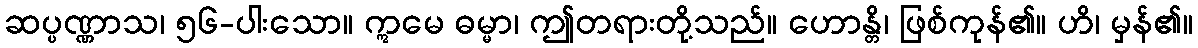
ဆပ္ပဏ္ဏာသ၊ ၅၆-ပါးသော။ ဣမေ ဓမ္မာ၊ ဤတရားတို့သည်။ ဟောန္တိ၊ ဖြစ်ကုန်၏။ ဟိ၊ မှန်၏။